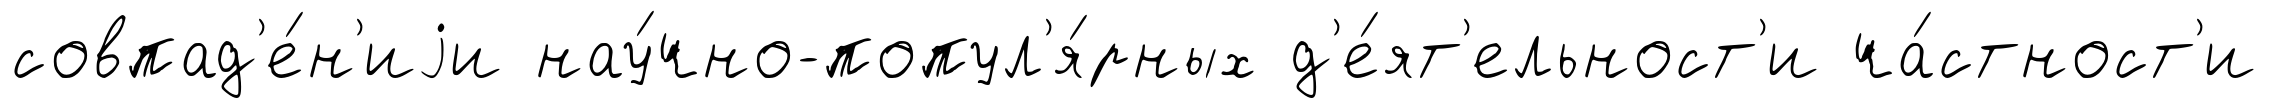
совпад'е́н'иjи нау́чно-попул'я́рных д'е́ят'ельност'и ча́стност'и